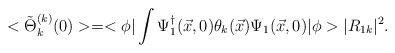
\begin{align*}<\tilde{\Theta}_{k}^{(k)} (0)> = <\phi|\int \Psi_{1}^{\dagger} (\vec{x},0)\theta_{k}(\vec{x}) \Psi_{1}(\vec{x},0) |\phi> |R_{1k}|^2.\end{align*}